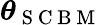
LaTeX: \boldsymbol{\theta}_{\mathrm{~S~C~B~M~}}